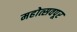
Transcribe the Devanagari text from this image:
महोत्सवपूर